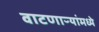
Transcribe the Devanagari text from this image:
वाटणाऱ्यांमध्ये